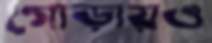
গোড়ায়ও